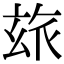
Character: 玈